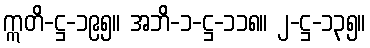
ဣတိ-ဋ္ဌ-၁၉၅။ အဘိ-၁-ဋ္ဌ-၁၁၈။ ၂-ဋ္ဌ-၁၃၅။